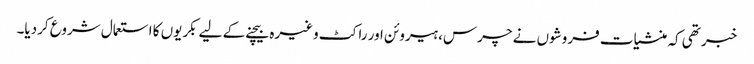
خبر تھی کہ منشیات فروشوں نے چرس، ہیروئن اور راکٹ وغیرہ بیچنے کے لیے بکریوں کا استعمال شروع کردیا۔